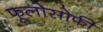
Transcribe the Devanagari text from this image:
फूलोसोफी